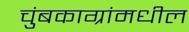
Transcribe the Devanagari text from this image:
चुंबकाग्रांमधील